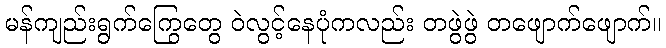
မန်ကျည်းရွက်ကြွေတွေ ဝဲလွင့်နေပုံကလည်း တဖွဲဖွဲ တဖျောက်ဖျောက်။